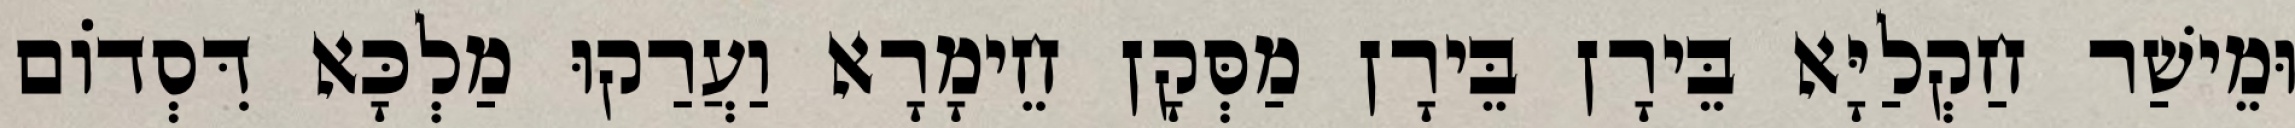
וּמֵישַׁר חַקְלַיָּא בֵּירָן בֵּירָן מַסְּקָן חֵימָרָא וַעֲרַקוּ מַלְכָּא דִּסְדוֹם